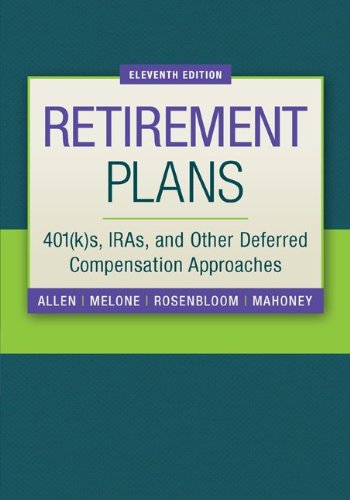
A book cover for Retirement Plans: 401(k)s, IRAs, and Other Deferred Compensation Approaches (Pension Planning); Jr., Everett Allen; Business & Money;